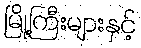
မြို့ကြီးများနှင့်